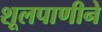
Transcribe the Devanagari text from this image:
शूलपाणीने